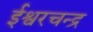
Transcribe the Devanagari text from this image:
ईश्वरचन्द्र